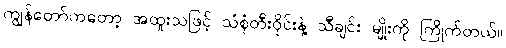
ကျွန်တော်ကတော့ အထူးသဖြင့် သံစုံတီးဝိုင်းနဲ့ သီချင်း မျိုးကို ကြိုက်တယ်။